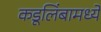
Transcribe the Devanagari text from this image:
कडूलिंबामध्ये